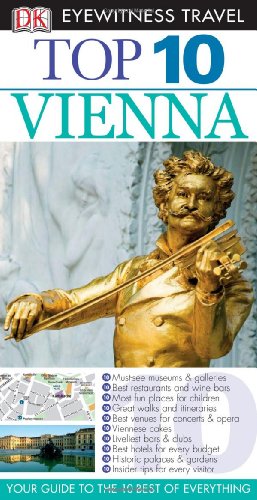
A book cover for Top 10 Vienna (Eyewitness Top 10 Travel Guides); DK Publishing; Travel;